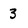
Character: 3